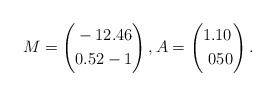
\begin{align*}M= \left(\begin{aligned} & -1 2.46 \\ & 0.52 -1\end{aligned}\right), A= \left(\begin{aligned} & 1.1 0 \\ & \,\, 0 50\end{aligned}\right).\end{align*}